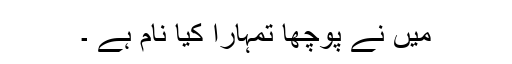
میں نے پوچھا تمہارا کیا نام ہے ۔